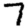
Digit: 7